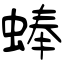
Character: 蜯